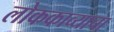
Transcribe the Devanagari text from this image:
लोककाव्याचा